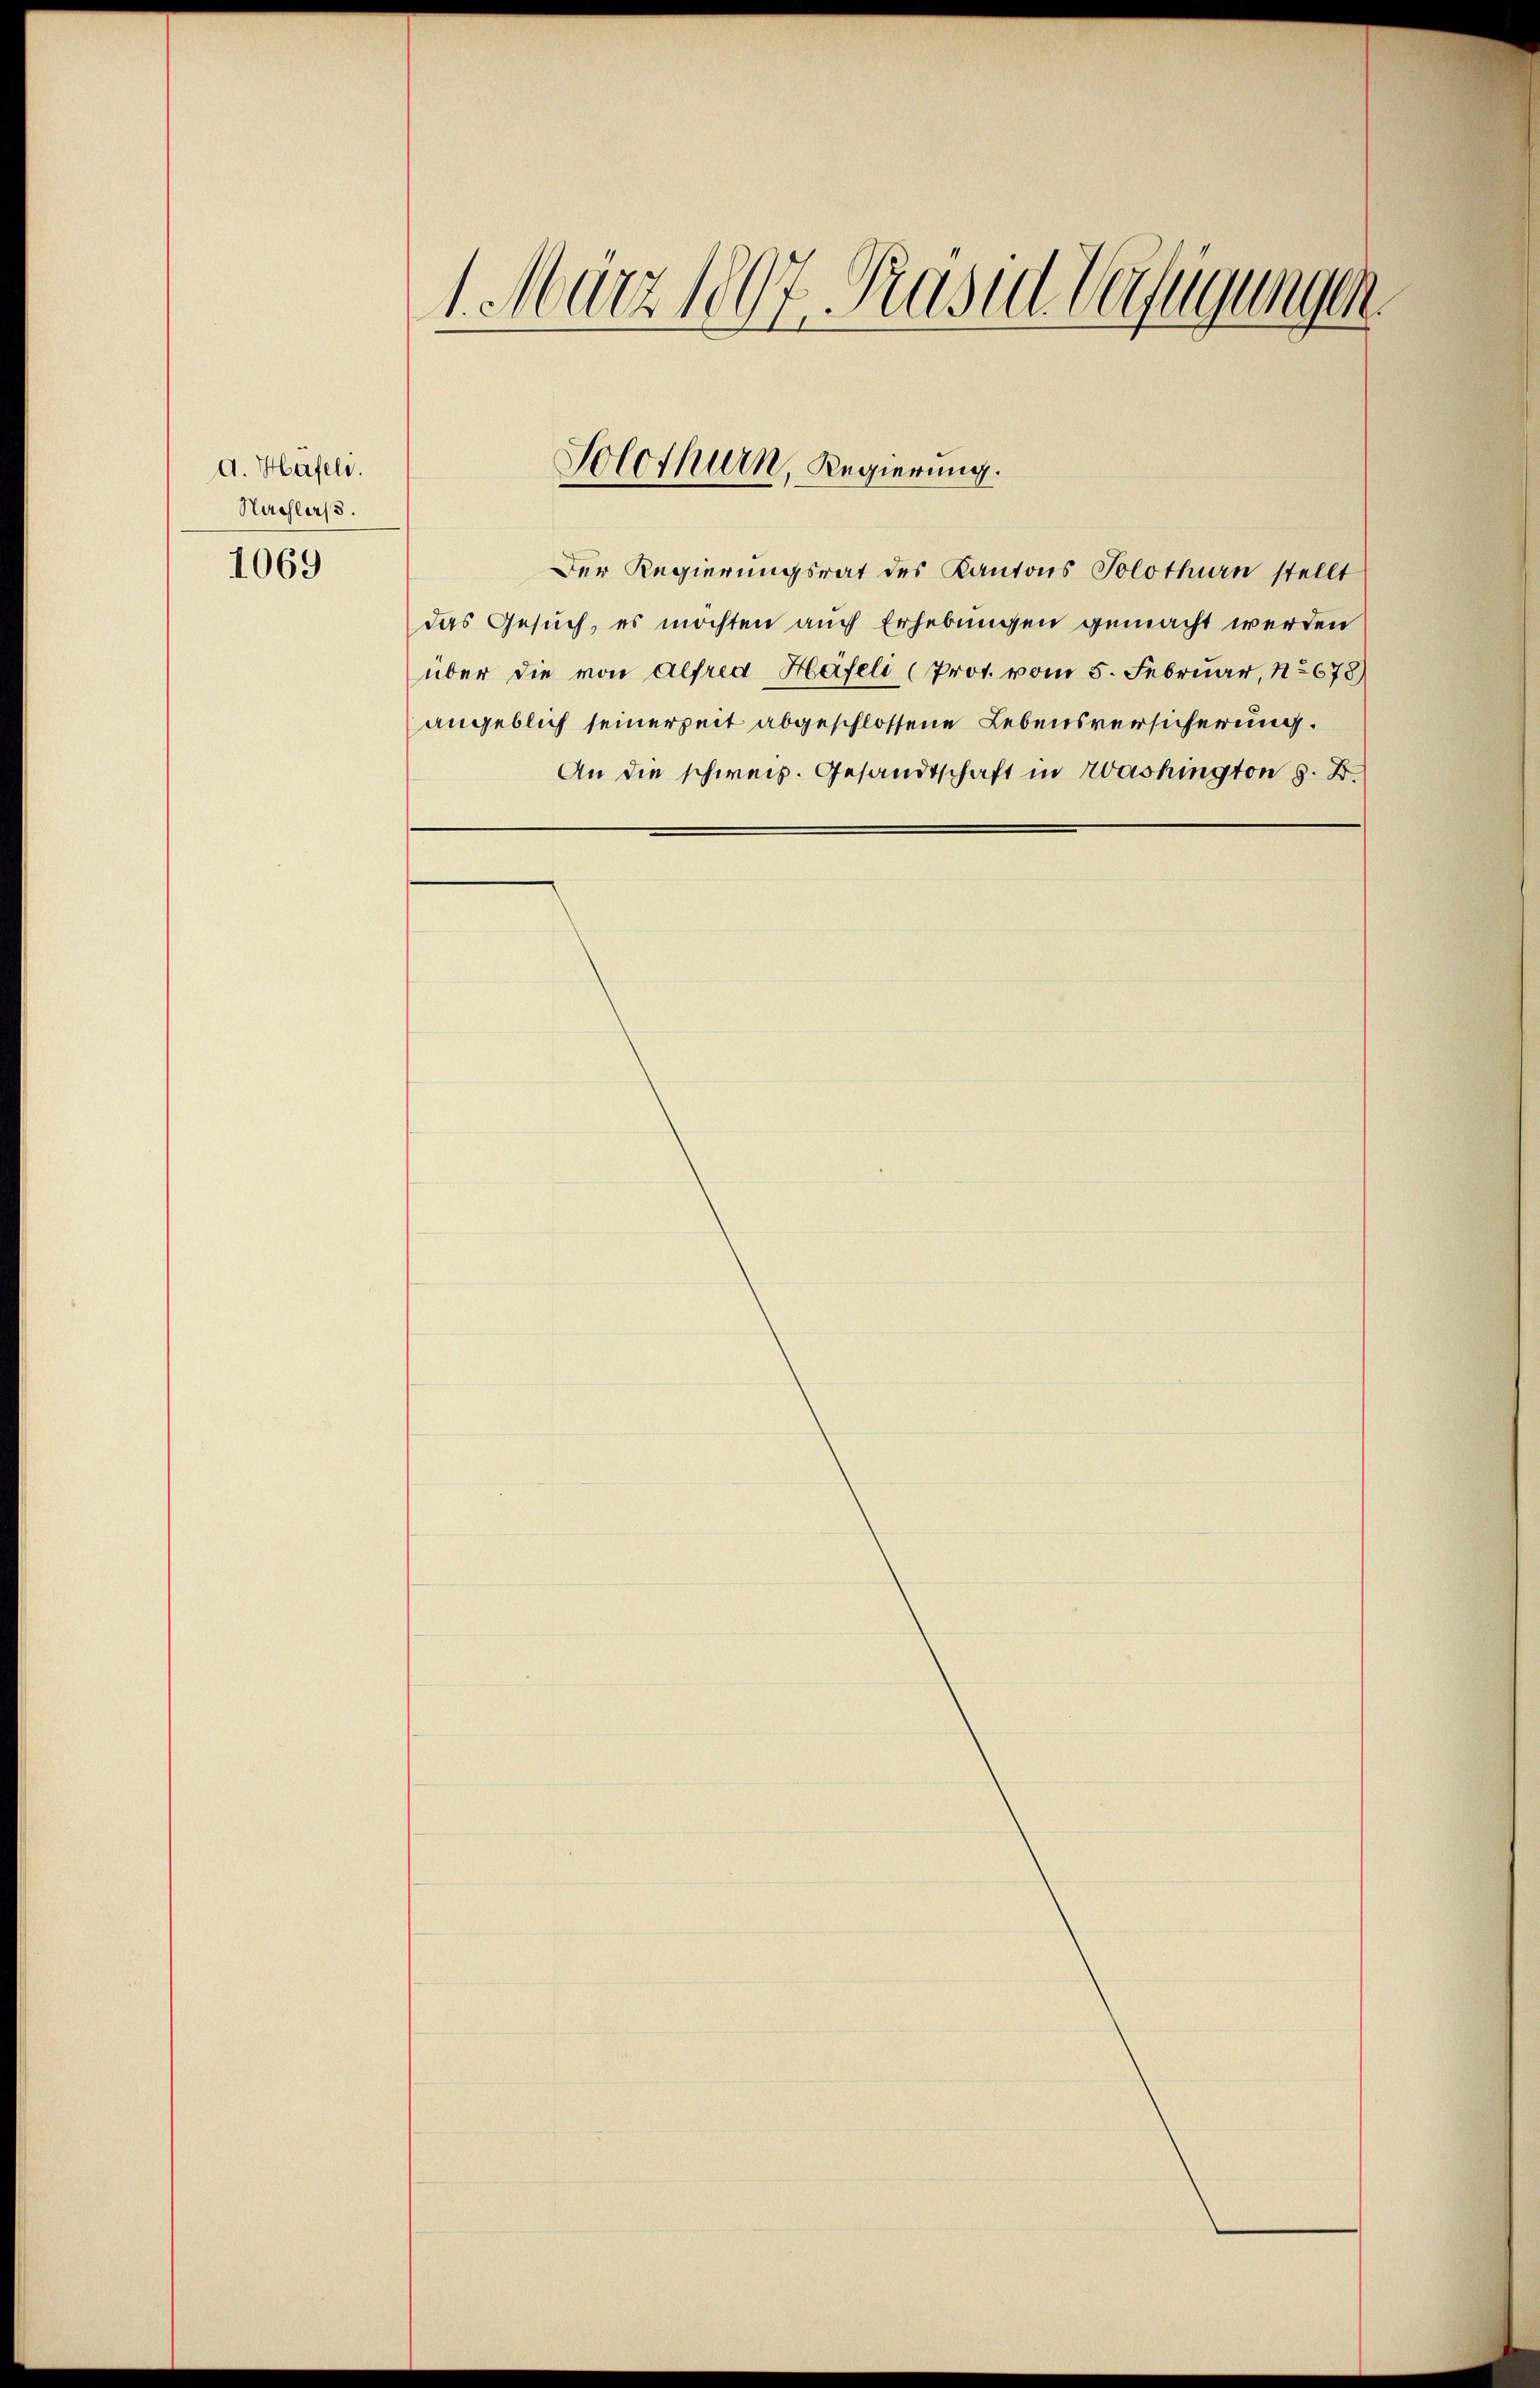
d. Hasel.
Nachlaß.

1069

1. März 1807. Prase Verfügungen.

Solothurn, Regierung.

Der Regierungsrat des Kantons Solothurn stellt
das Gesuch, es möchten auch Erhebungen gemacht werden
über die von Alfred Häfeli (Prot. vom 5. Februar, 1678)
angeblich seinerzeit abgeschlossene Lebensversicherung.
An die schweiz. Gesandtschaft in Washington z. B.